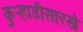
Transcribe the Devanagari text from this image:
कुर्‍हाडीसारखे